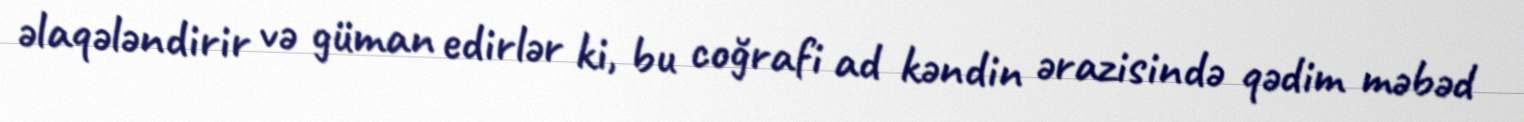
əlaqələndirir və güman edirlər ki, bu coğrafi ad kəndin ərazisində qədim məbəd